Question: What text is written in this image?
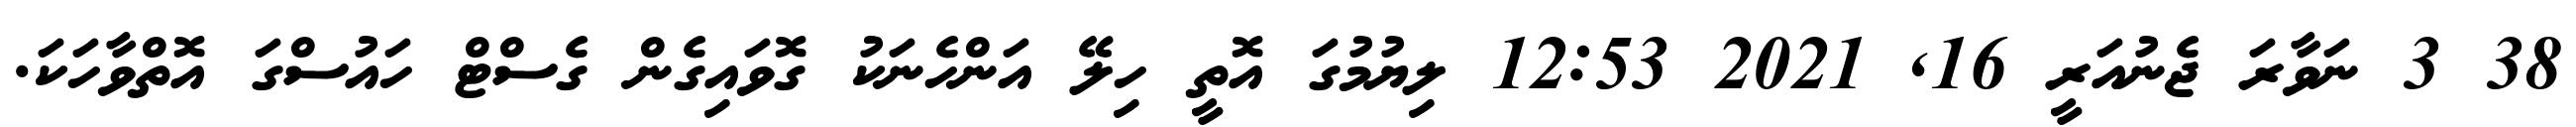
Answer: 38 3 ނަވާރަ ޖެނުއަރީ 16, 2021 12:53 ލިޔުމުގަ އޮތީ ހިލޭ އަންހެނަކު ގޮވައިގެން ގެސްޓް ހައުސްގަ އޮތްވާހަކަ.